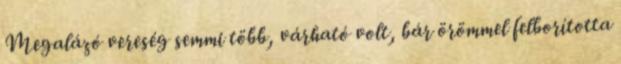
Megalázó vereség semmi több, várható volt, bár örömmel felborította